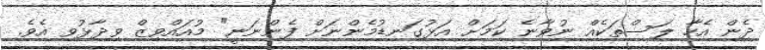
ދެން އެހާ ލަސްތަކެއް ނުވާނެ ކަމަަށް އަޅުގަނޑުމެންނަށް ފެންނަނީ" މުއައްވިޒް ވިދާޅުވި އެވެ.